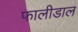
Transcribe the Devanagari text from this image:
फालीडाल